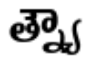
త్న్యౌ